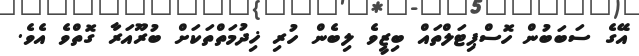
އޭގެ ސަބަބުން ހޮސްޕިޓަލްތައް ބިޒީވެ ލިބެން ހުރި ޚިދުމަތްތަކަށް ބުރޫއަރާ ގޮތްވެ އެވެ.